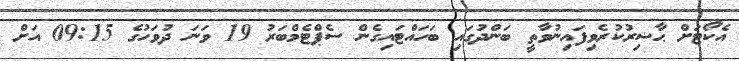
އެކޯޓަށް ޙާޟިރުކުރެވިފައިނުވާތީ ބަންދުގައި ބަހައްޓައިގެން ސެޕްޓެމްބަރު 19 ވަނަ ދުވަހުގެ 09:15 އަށް